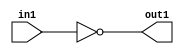
`timescale 1ps / 1ps
/*****************************************************************************
    Verilog RTL Description
    
    
    Created by: Stratus DpOpt 2019.1.01 
*******************************************************************************/

module in_buff_Not_1U_1U_4 (
	in1,
	out1
	); /* architecture "behavioural" */ 
input  in1;
output  out1;
wire  asc001;

assign asc001 = 
	((~in1));

assign out1 = asc001;
endmodule

/* CADENCE  urT4SAo= : u9/ySgnWtBlWxVPRXgAZ4Og= ** DO NOT EDIT THIS LINE ******/